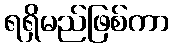
ရရှိမည်ဖြစ်ကာ